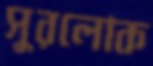
সুরলোক